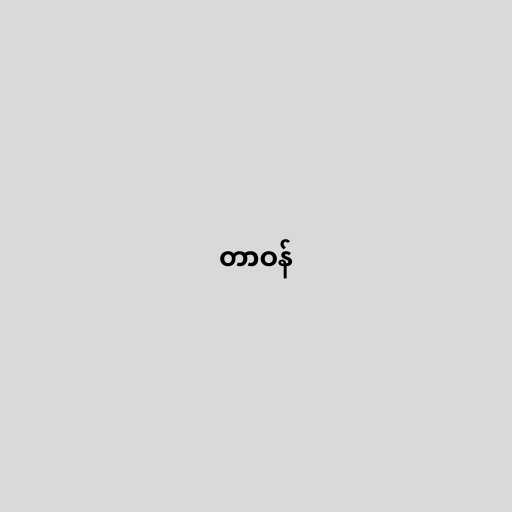
တာဝန်